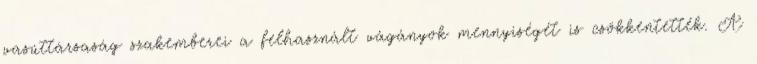
vasúttársaság szakemberei a felhasznált vágányok mennyiségét is csökkentették. A